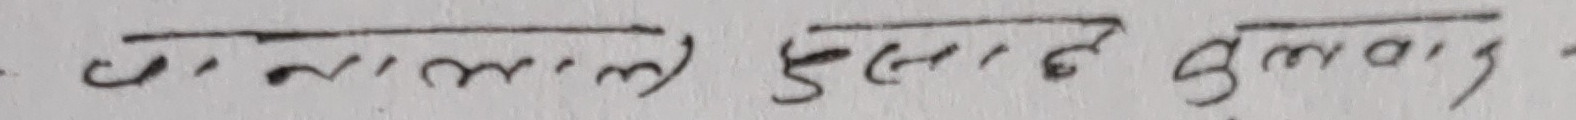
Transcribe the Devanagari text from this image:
कानून कुलाल कुलाल